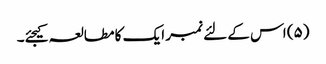
(۵) اس کے لئے نمبر ایک کا مطالعہ کیجئے۔